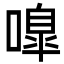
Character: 嘷